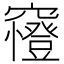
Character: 𥨰